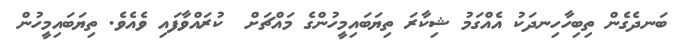
ބަނދެގެން ތިބިހާހިނދަކު އެއްގަމު ޝިކާރަ ތިޔަބައިމީހުންގެ މައްޗަށް  ކުރައްވާފައި ވެއެވެ. ތިޔަބައިމީހުން